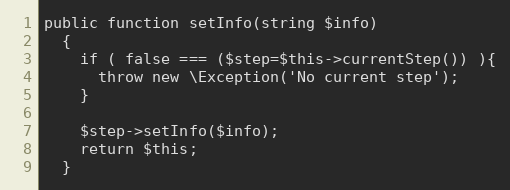
Language: PHP
public function setInfo(string $info)
  {
    if ( false === ($step=$this->currentStep()) ){
      throw new \Exception('No current step');
    }

    $step->setInfo($info);
    return $this;
  }